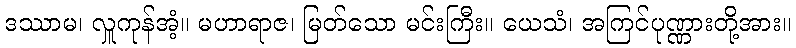
ဒဿာမ၊ လှူကုန်အံ့။ မဟာရာဇ၊ မြတ်သော မင်းကြီး။ ယေသံ၊ အကြင်ပုဏ္ဏားတို့အား။